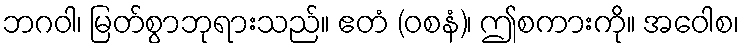
ဘဂဝါ၊ မြတ်စွာဘုရားသည်။ ဧတံ (ဝစနံ)၊ ဤစကားကို။ အဝေါစ၊